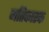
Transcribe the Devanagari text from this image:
गतिकारक